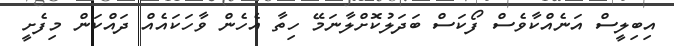
އިބިލީސް އަނެއްކާވެސް ފޯކަސް ބަދަލުކޮށްލާނަމޭ ހިތާ އެހެން ވާހަކައެއް ދައްކަން މިފެށީ